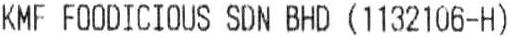
KMF FOODICIOUS SDN BHD (1132106-H)